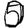
Digit: 0